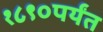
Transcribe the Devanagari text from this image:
१८९०पर्यंत